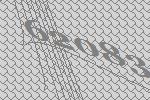
62083